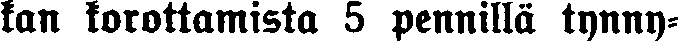
kan korottamista 5 pennillä tynny-